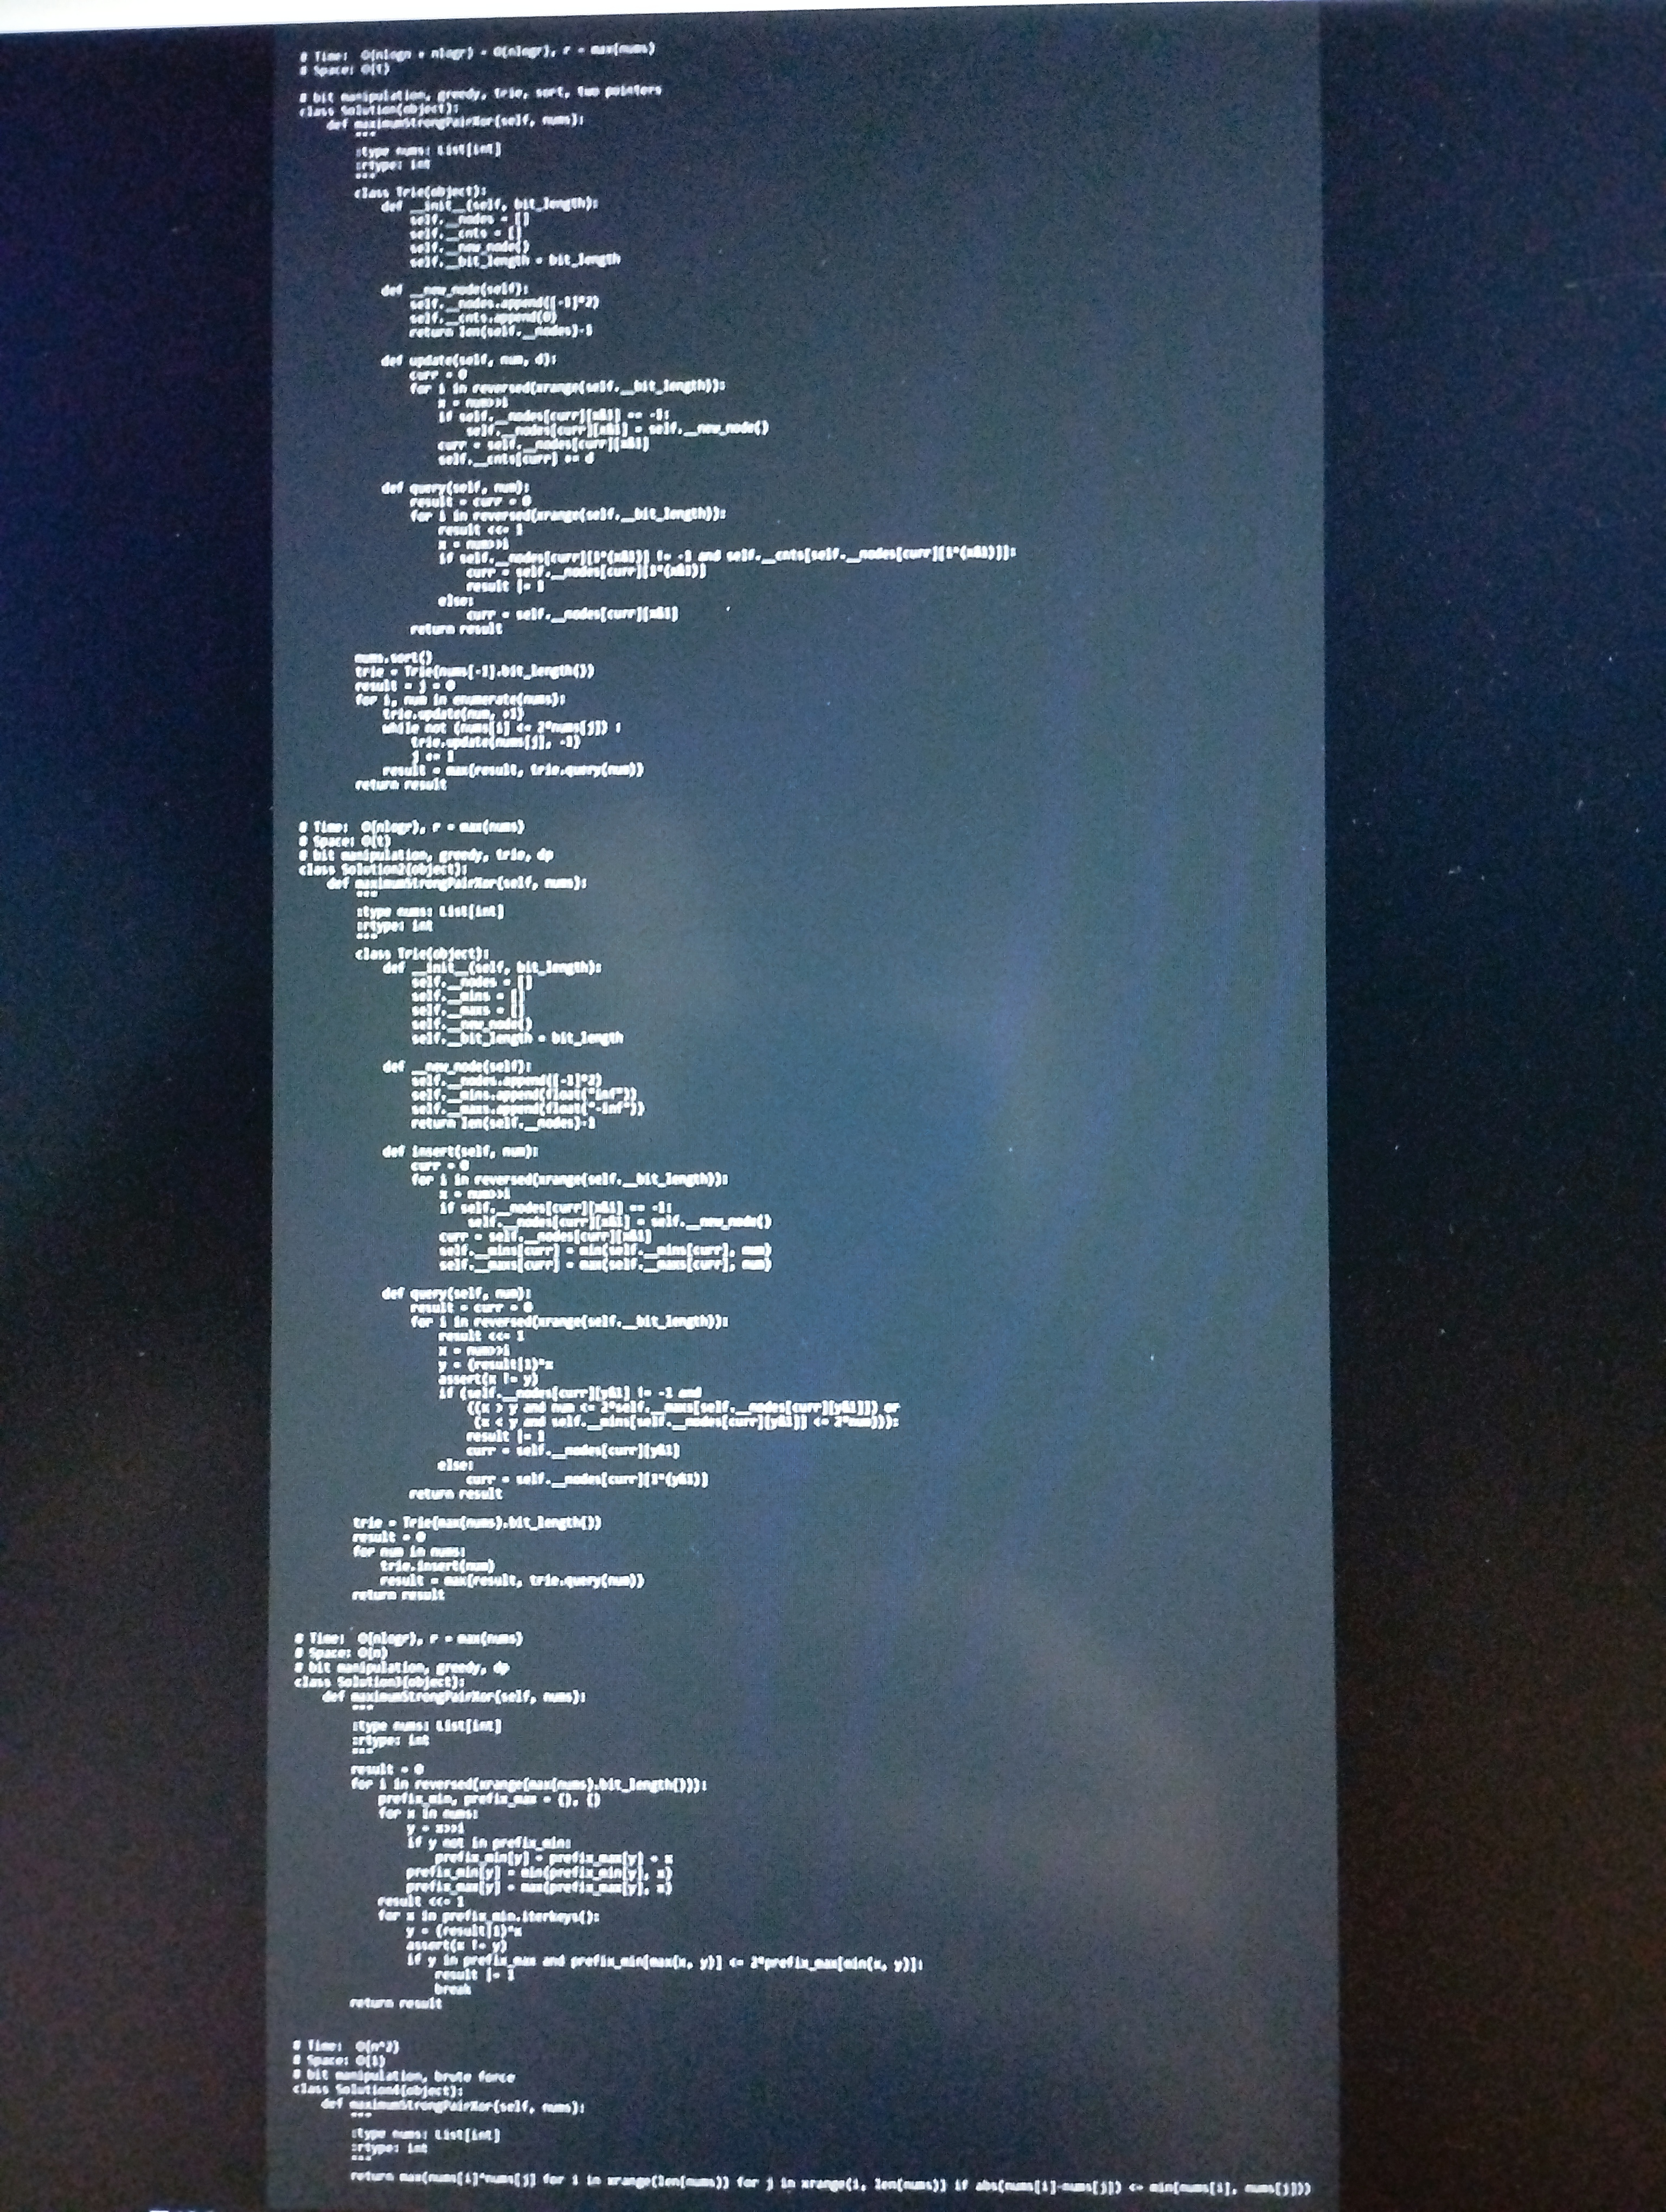
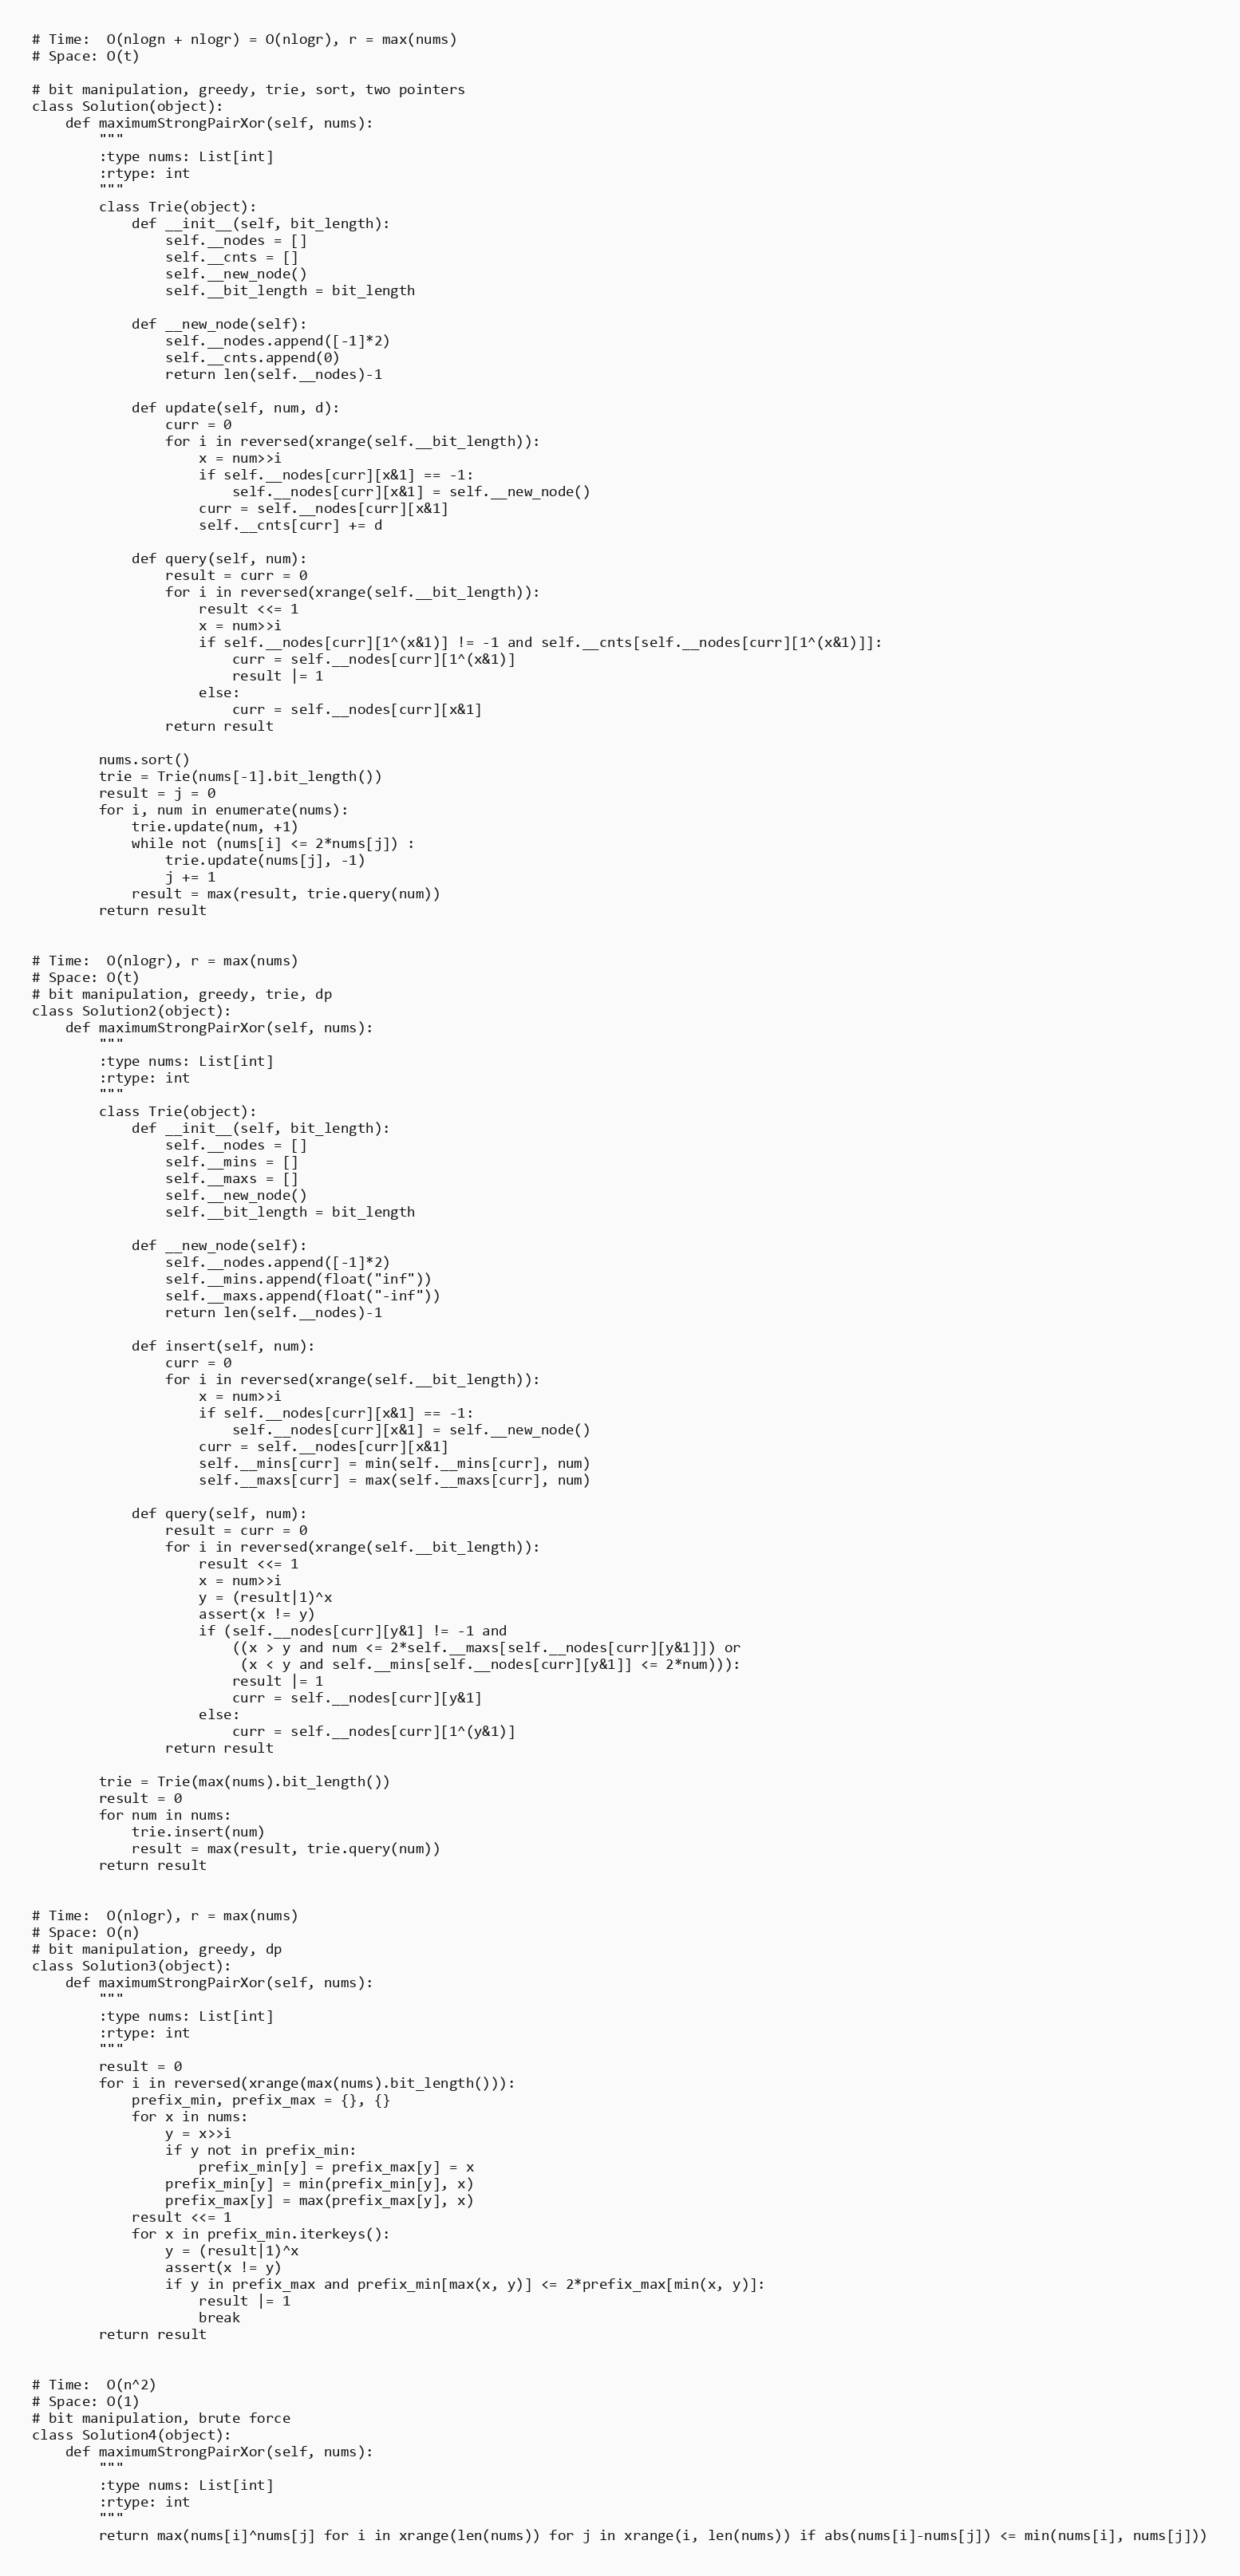
# Time:  O(nlogn + nlogr) = O(nlogr), r = max(nums)
# Space: O(t)

# bit manipulation, greedy, trie, sort, two pointers
class Solution(object):
    def maximumStrongPairXor(self, nums):
        """
        :type nums: List[int]
        :rtype: int
        """
        class Trie(object):
            def __init__(self, bit_length):
                self.__nodes = []
                self.__cnts = []
                self.__new_node()
                self.__bit_length = bit_length

            def __new_node(self):
                self.__nodes.append([-1]*2)
                self.__cnts.append(0)
                return len(self.__nodes)-1

            def update(self, num, d):
                curr = 0
                for i in reversed(xrange(self.__bit_length)):
                    x = num>>i
                    if self.__nodes[curr][x&1] == -1:
                        self.__nodes[curr][x&1] = self.__new_node()
                    curr = self.__nodes[curr][x&1]
                    self.__cnts[curr] += d

            def query(self, num):
                result = curr = 0
                for i in reversed(xrange(self.__bit_length)):
                    result <<= 1
                    x = num>>i
                    if self.__nodes[curr][1^(x&1)] != -1 and self.__cnts[self.__nodes[curr][1^(x&1)]]:
                        curr = self.__nodes[curr][1^(x&1)]
                        result |= 1
                    else:
                        curr = self.__nodes[curr][x&1]
                return result

        nums.sort()
        trie = Trie(nums[-1].bit_length())
        result = j = 0
        for i, num in enumerate(nums):
            trie.update(num, +1)
            while not (nums[i] <= 2*nums[j]) :
                trie.update(nums[j], -1)
                j += 1
            result = max(result, trie.query(num))
        return result

# Time:  O(nlogr), r = max(nums)
# Space: O(t)
# bit manipulation, greedy, trie, dp
class Solution2(object):
    def maximumStrongPairXor(self, nums):
        """
        :type nums: List[int]
        :rtype: int
        """
        class Trie(object):
            def __init__(self, bit_length):
                self.__nodes = []
                self.__mins = []
                self.__maxs = []
                self.__new_node()
                self.__bit_length = bit_length

            def __new_node(self):
                self.__nodes.append([-1]*2)
                self.__mins.append(float("inf"))
                self.__maxs.append(float("-inf"))
                return len(self.__nodes)-1

            def insert(self, num):
                curr = 0
                for i in reversed(xrange(self.__bit_length)):
                    x = num>>i
                    if self.__nodes[curr][x&1] == -1:
                        self.__nodes[curr][x&1] = self.__new_node()
                    curr = self.__nodes[curr][x&1]
                    self.__mins[curr] = min(self.__mins[curr], num)
                    self.__maxs[curr] = max(self.__maxs[curr], num)

            def query(self, num):
                result = curr = 0
                for i in reversed(xrange(self.__bit_length)):
                    result <<= 1
                    x = num>>i
                    y = (result|1)^x
                    assert(x != y)
                    if (self.__nodes[curr][y&1] != -1 and
                        ((x > y and num <= 2*self.__maxs[self.__nodes[curr][y&1]]) or
                         (x < y and self.__mins[self.__nodes[curr][y&1]] <= 2*num))):
                        result |= 1
                        curr = self.__nodes[curr][y&1]
                    else:
                        curr = self.__nodes[curr][1^(y&1)]
                return result

        trie = Trie(max(nums).bit_length())
        result = 0
        for num in nums:
            trie.insert(num)
            result = max(result, trie.query(num))
        return result

# Time:  O(nlogr), r = max(nums)
# Space: O(n)
# bit manipulation, greedy, dp
class Solution3(object):
    def maximumStrongPairXor(self, nums):
        """
        :type nums: List[int]
        :rtype: int
        """
        result = 0
        for i in reversed(xrange(max(nums).bit_length())):
            prefix_min, prefix_max = {}, {}
            for x in nums:
                y = x>>i
                if y not in prefix_min:
                    prefix_min[y] = prefix_max[y] = x
                prefix_min[y] = min(prefix_min[y], x)
                prefix_max[y] = max(prefix_max[y], x)
            result <<= 1
            for x in prefix_min.iterkeys():
                y = (result|1)^x
                assert(x != y)
                if y in prefix_max and prefix_min[max(x, y)] <= 2*prefix_max[min(x, y)]:
                    result |= 1
                    break
        return result

# Time:  O(n^2)
# Space: O(1)
# bit manipulation, brute force
class Solution4(object):
    def maximumStrongPairXor(self, nums):
        """
        :type nums: List[int]
        :rtype: int
        """
        return max(nums[i]^nums[j] for i in xrange(len(nums)) for j in xrange(i, len(nums)) if abs(nums[i]-nums[j]) <= min(nums[i], nums[j]))